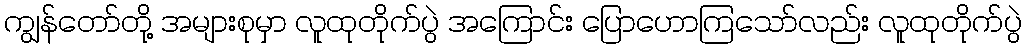
ကျွန်တော်တို့ အများစုမှာ လူထုတိုက်ပွဲ အကြောင်း ပြောဟောကြသော်လည်း လူထုတိုက်ပွဲ